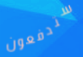
ستدفعون